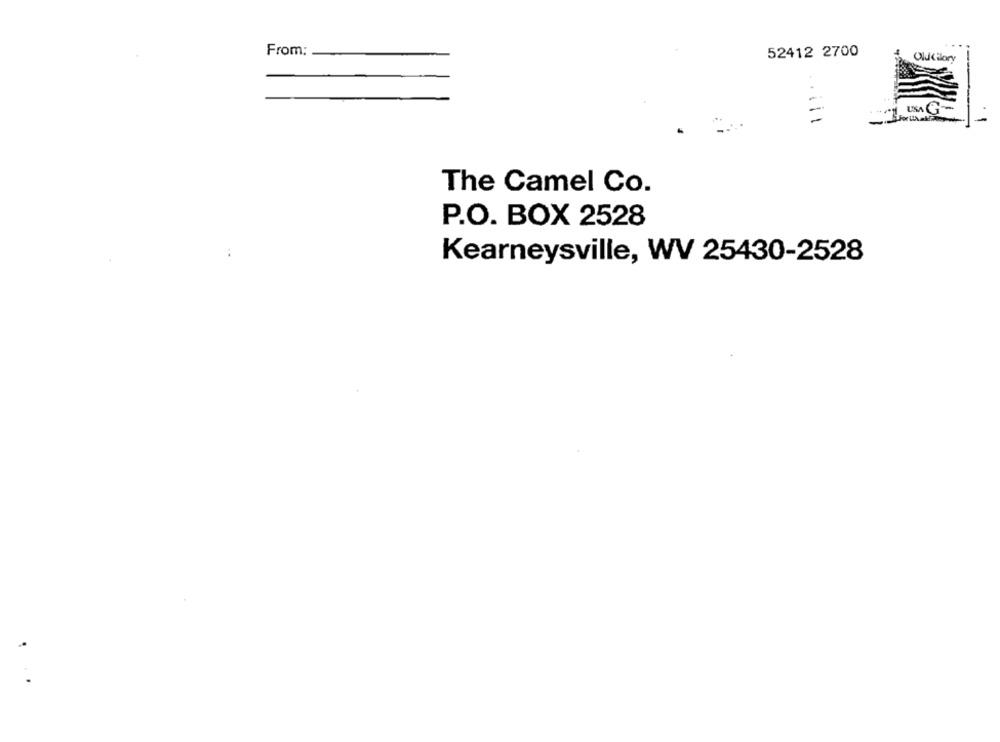
From:
52412 2700
Old Gilory
-
The Camel Co.
P.O. BOX 2528
Kearneysville, WV 25430-2528